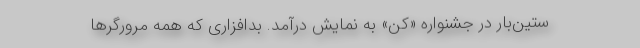
ستین‌بار در جشنواره «کن» به نمایش درآمد. بدافزاری که همه مرورگرها